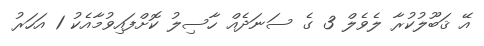
އޭ ޤަބޫލުކުރާ ލެވެލް 3 ގެ ސަނަދެއް ހާސިލު ކޮށްފައިވުމާއެކު 1 އަހަރު